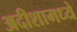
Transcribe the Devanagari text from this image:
अदीशामध्ये